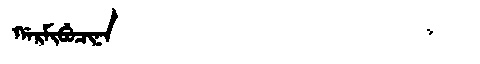
Manchu: ᡤᠠᡵᠮᡳᠪᡠᠴᡳᠨᠠ
Romanization: GARMIBUCINA